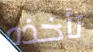
تأخذه